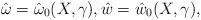
LaTeX: \begin{align*} \hat \omega= \hat \omega_0(X, \gamma), \hat w= \hat w_0(X, \gamma),\end{align*}